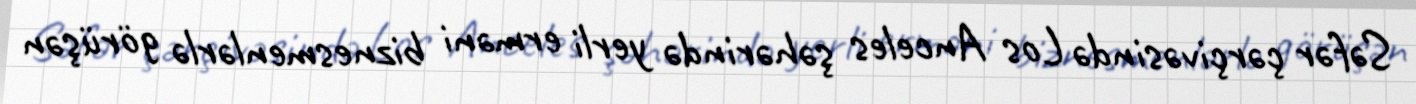
Səfər çərçivəsində Los Anceles şəhərində yerli erməni biznesmenlərlə görüşən